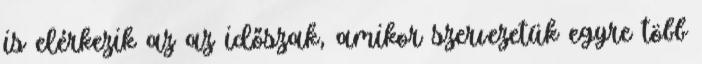
is elérkezik az az időszak, amikor szervezetük egyre több